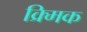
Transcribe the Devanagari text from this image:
क्र्मिक